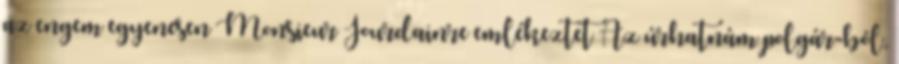
az engem egyenesen Monsieur Jourdainre emlékeztet Az úrhatnám polgár-ból,